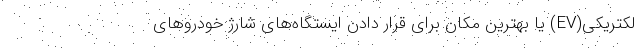
لکتریکی(EV) یا بهترین مکان برای قرار دادن ایستگاه‌های شارژ خودروهای